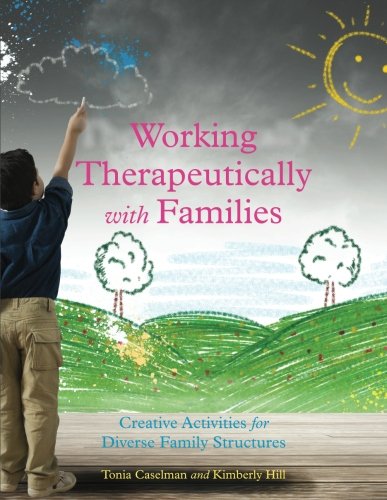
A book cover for Working Therapeutically with Families: Creative Activities for Diverse Family Structures; Tonia Caselman; Parenting & Relationships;